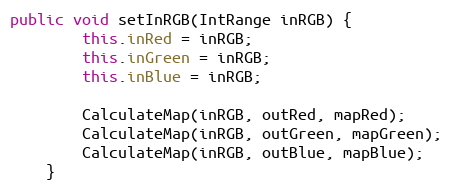
Language: Java
public void setInRGB(IntRange inRGB) {
        this.inRed = inRGB;
        this.inGreen = inRGB;
        this.inBlue = inRGB;

        CalculateMap(inRGB, outRed, mapRed);
        CalculateMap(inRGB, outGreen, mapGreen);
        CalculateMap(inRGB, outBlue, mapBlue);
    }